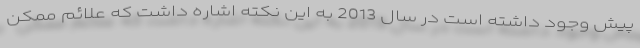
پیش وجود داشته است در سال 2013 به این نکته اشاره داشت که علائم ممکن